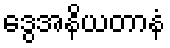
ဒွေအနိယတာနံ